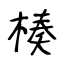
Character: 楱